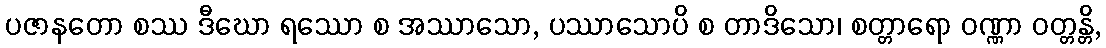
ပဇာနတော စဿ ဒီဃော ရဿော စ အဿာသော, ပဿာသောပိ စ တာဒိသော၊ စတ္တာရော ဝဏ္ဏာ ဝတ္တန္တိ,